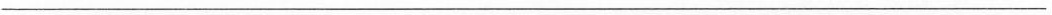
___